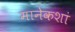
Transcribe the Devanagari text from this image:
मानेकशां